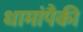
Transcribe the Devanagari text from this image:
धामांपैकी